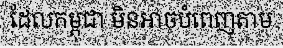
ដែលកម្ពុជា មិនអាចបំពេញតាម